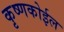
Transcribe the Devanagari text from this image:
कृष्णकोईल